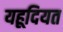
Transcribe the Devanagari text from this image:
यहूदियत